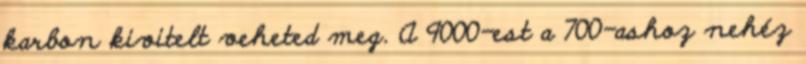
karbon kivitelt veheted meg. A 9000-est a 700-ashoz nehéz